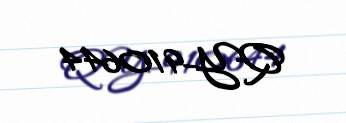
QY-910644